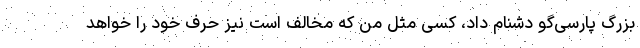
بزرگ پارسی‌گو دشنام داد، کسی مثل من که مخالف است نیز حرف خود را خواهد